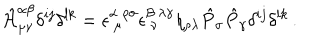
LaTeX: \hat { \cal H } _ { \mu \nu } ^ { \alpha \beta } \delta ^ { i j } \delta ^ { l k } = \epsilon _ { ~ \mu } ^ { \alpha ~ \rho \sigma } \epsilon _ { ~ \nu } ^ { \beta ~ \lambda \gamma } \eta _ { \rho \lambda } \hat { P } _ { \sigma } \hat { P } _ { \gamma } \delta ^ { i j } \delta ^ { l k } \, .